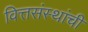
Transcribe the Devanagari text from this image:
वित्तसंस्थांची